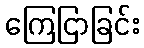
ကြေငြာခြင်း